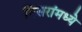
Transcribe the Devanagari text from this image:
मिसरांमध्ये